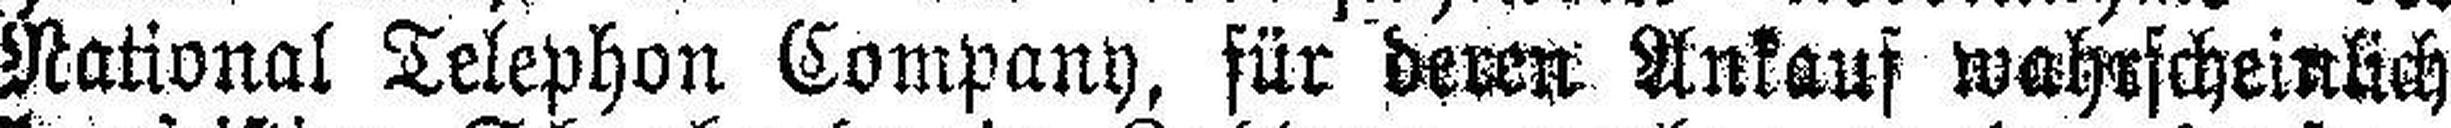
National Telephon Company, für deren Ankauf wahrscheinlich